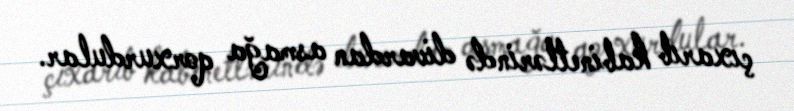
çıxarıb kabinetlərində divardan asmağa qorxurdular.